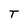
Character: T